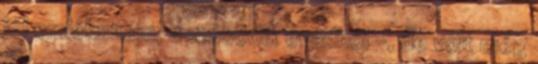
jól emlékszem, a második évadból -, de volt még